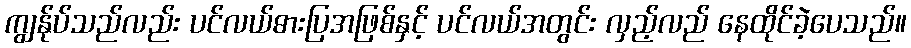
ကျွန်ုပ်သည်လည်း ပင်လယ်ဓားပြအဖြစ်နှင့် ပင်လယ်အတွင်း လှည့်လည် နေထိုင်ခဲ့ပေသည်။